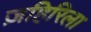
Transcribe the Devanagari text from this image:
ज़हिरिला